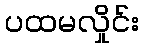
ပထမလှိုင်း